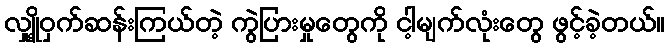
လျှို့ဝှက်ဆန်းကြယ်တဲ့ ကွဲပြားမှုတွေကို ငါ့မျက်လုံးတွေ ဖွင့်ခဲ့တယ်။